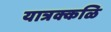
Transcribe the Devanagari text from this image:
यात्रक्कळि